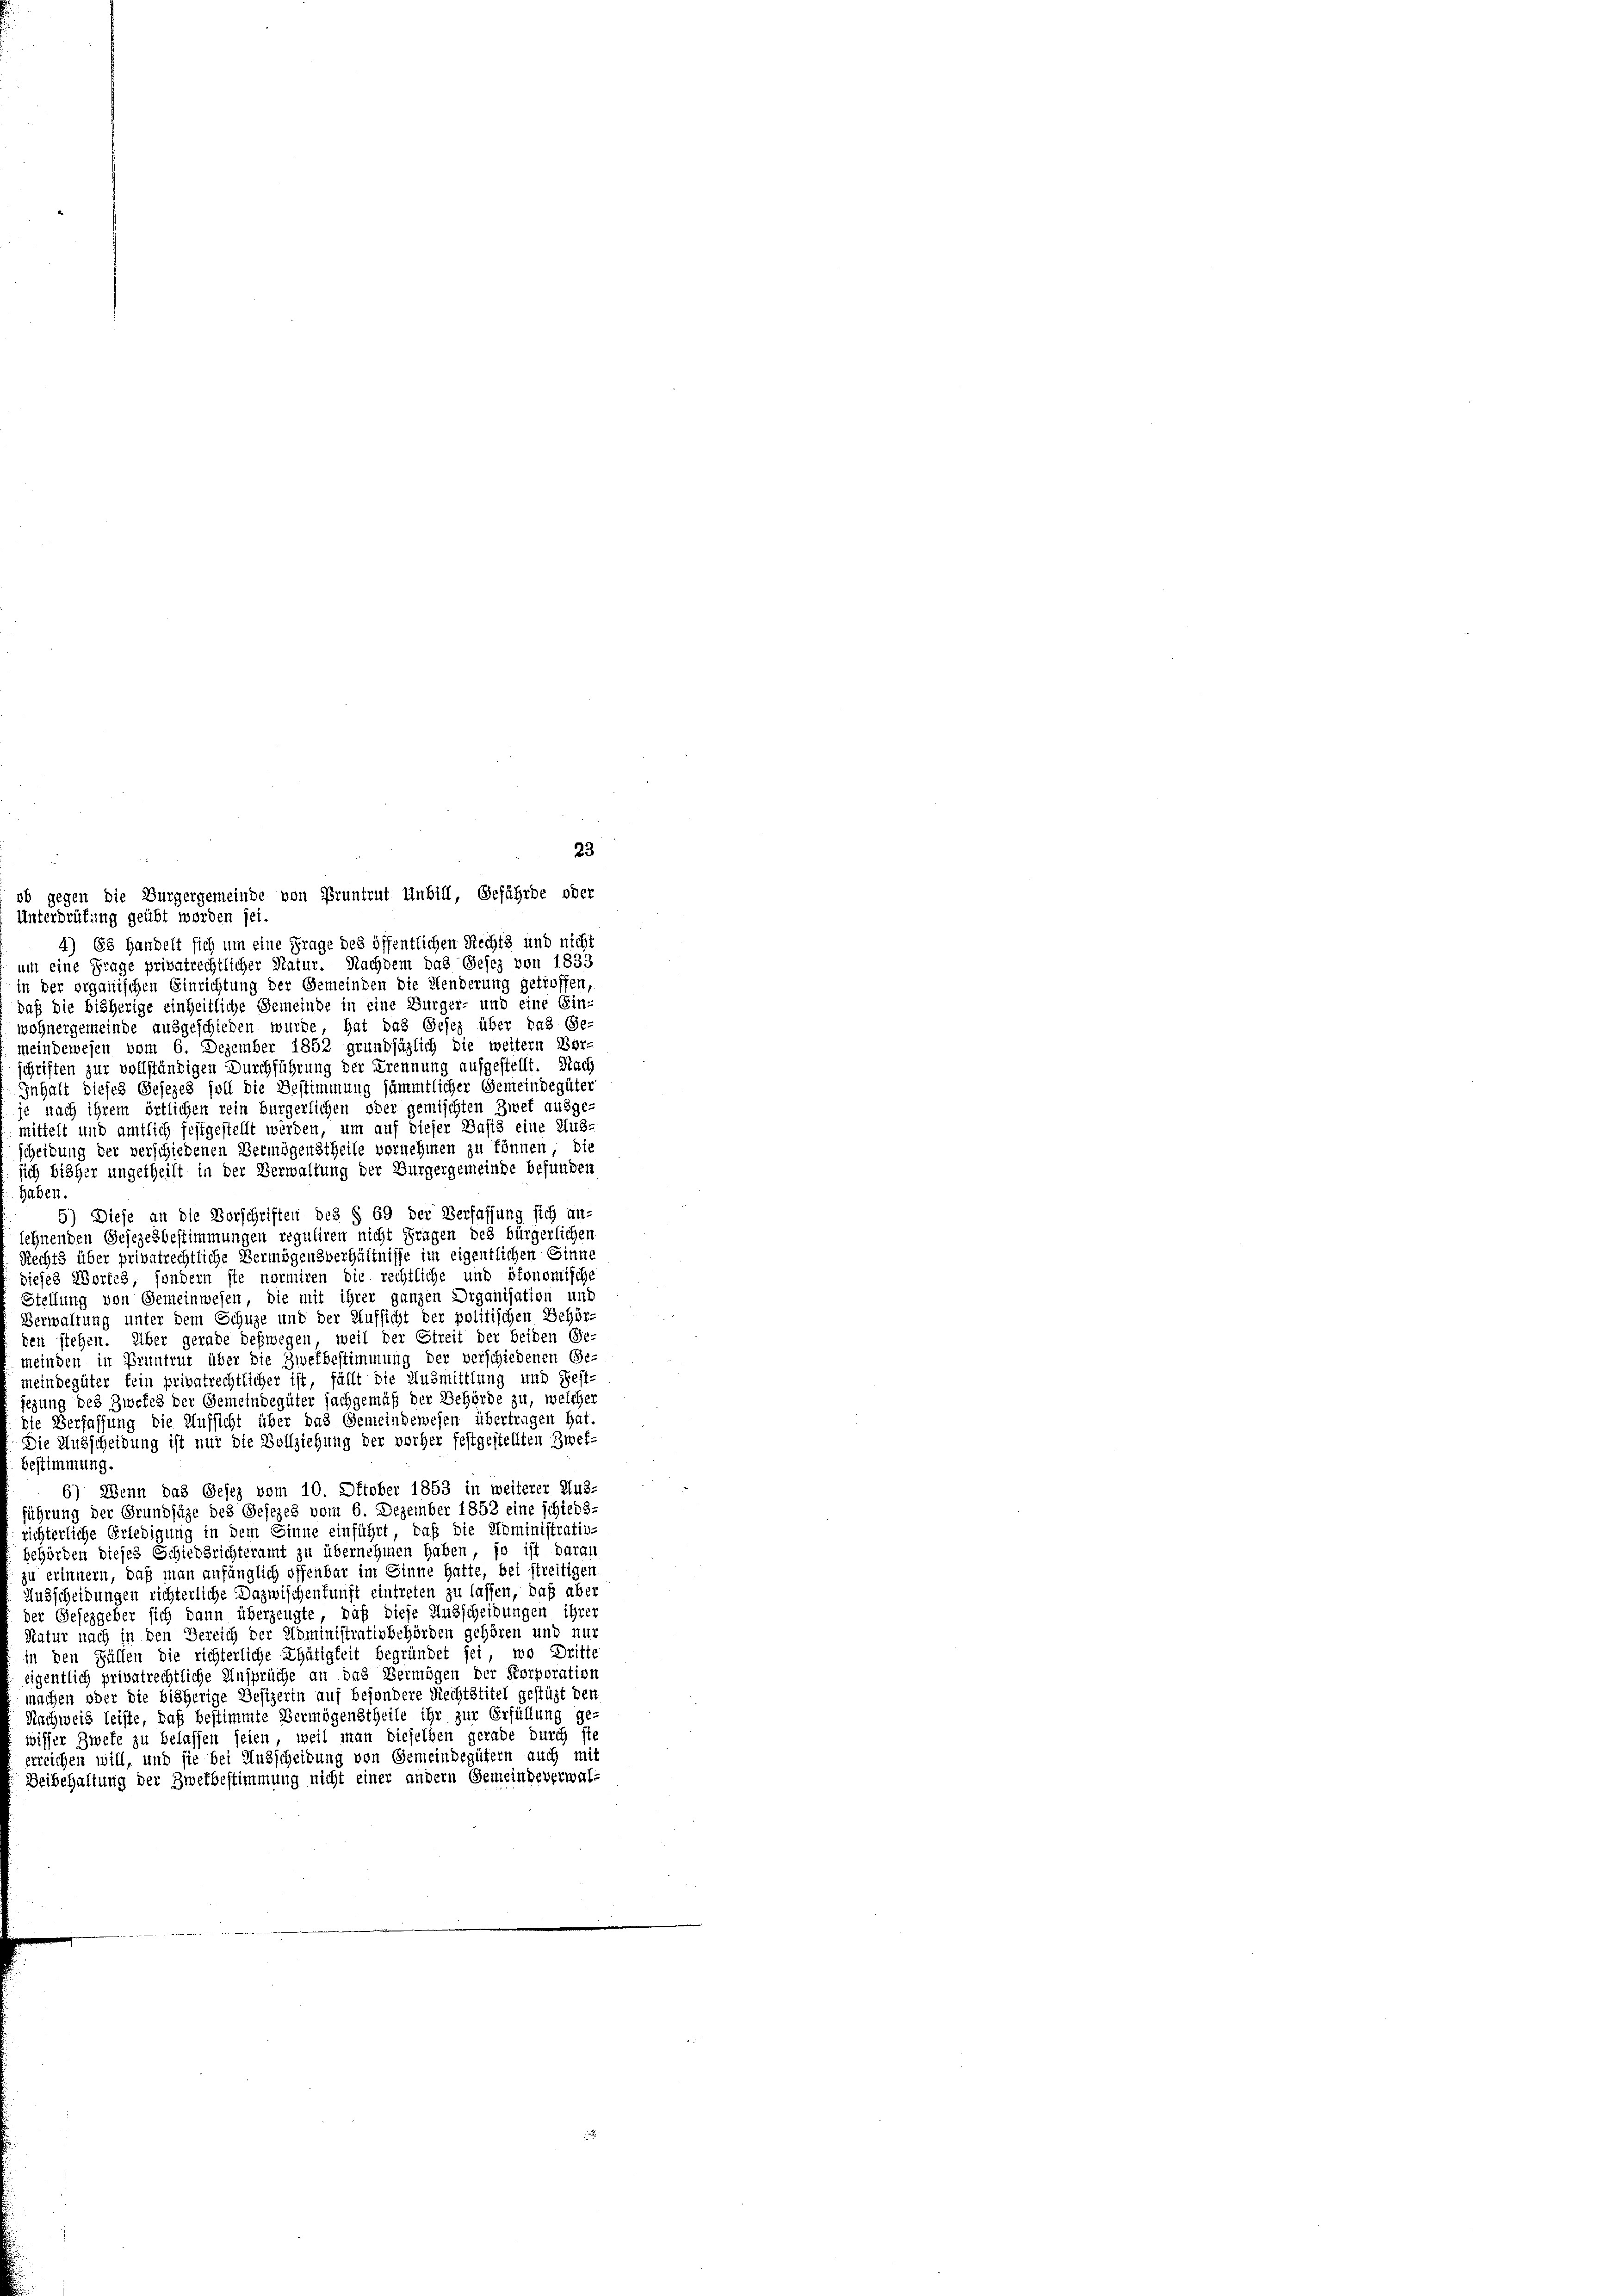
23
ob gegen die Bürgergemeinde von Pruntrut Unbill, Gefährde oder
Unterdrüfung geübt worden sei.
4) Es handelt sich um eine Frage des öffentlichen Rechts und nicht
um eine Frage privatrechtlicher Natur. Nachdem das Gesez von 1833
in der organischen Einrichtung der Gemeinden die Henderung getroffen,
daß die bisherige einheitliche Gemeinde in eine Bürger- und eine Ein-
wohnergemeinde ausgeschieden wurde, hat das Gesez über das Ge
meindewesen vom 6. Dezember 1852 grundsäzlich die weitern Vor-
Schriften zur vollständigen Durchführung der Trennung aufgestellt. Nach
Inhalt dieses Gesezes soll die Bestimmung sämmtlicher Gemeindegüter
je nach ihrem örtlichen rein bürgerlichen oder gemischten Zwet ausge-
mittelt und amtlich festgestellt werden, um auf dieser Basis eine Aus-
scheidung der verschiedenen Vermögenstheile vornehmen zu können, die
ich bisher ungetheilt in der Verwaltung der Bürgergemeinde befunden
haben.
5) Diese an die Vorschriften des § 69 der Verfassung sich an-
lehnenden Gesezesbestimmungen reguliren nicht Fragen des bürgerlichen
Rechts über privatrechtliche Vermögensverhältnisse im eigentlichen Sinne
dieses Wortes, sondern ste normiren die rechtliche und ökonomische
Stellung von Gemeinwesen, die mit ihrer ganzen Organisation und
Verwaltung unter dem Schuze und der Aufsicht der politischen Behör-
den stehen. Über gerade deßwegen, weil der Streit der beiden Ge-
meinden in Pruntrut über die Zwekbestimmung der verschiedenen Ge-
meindegüter kein privatrechtlicher ist, fällt die Ausmittlung und Fest-
egung des Zwekes der Gemeindegüter sachgemäß der Behörde zu, welcher
die Verfassung die Aufsicht über das Gemeindewesen übertragen hat
Die Ausscheidung ist nur die Vollziehung der vorher festgestellten Zwef-
bestimmung.
6) Wenn das Gesez vom 10. Oktober 1853 in weiterer 248.
führung der Grundjäge des Gesezes vom 6. Dezember 1852 eine schieds-
richterliche Erledigung in dem Sinne einführt, daß die Administrativ-
behörden dieses Schiedsrichteramt zu übernehmen haben, so ist daran
zu erinnern, daß man anfänglich offenbar im Sinne hatte, bei streitigen
Ausscheidungen richterliche Dazwischenkunft eintreten zu lassen, daß aber
der Gesezgeber sich dann überzeugte, daß diese Ausscheidungen ihrer
Natur nach in den Bereich der Noministrativbehörden gehören und nur
in den Fällen die richterliche Thätigkeit begründet sei, wo Dritte
eigentlich privatrechtliche Ansprüche an das Vermögen der Korporation
machen oder die bisherige Besizerin auf besondere Rechtstitel gestüzt den
Nachweis leiste, daß bestimmte Vermögenstheile ihr zur Erfüllung ge-
wisser Zwete zu belassen seien, weil man dieselben gerade durch sie
erreichen will, und sie bei Ausscheidung von Gemeindegütern auch mit
Deibehaltung der Zwekbestimmung nicht einer andern Gemeindeverwal-